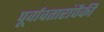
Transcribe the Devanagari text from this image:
पूर्वावतारांपैकी